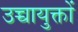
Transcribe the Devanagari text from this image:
उच्चायुक्तों